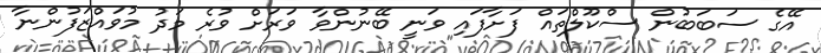
އޭގެ ސަބަބުން ސްކޫލްތައް ފަށާފައި ވަނީ ބޭނުންވާ ވަރަށް ވުރެ މަދު މުވައްޒަފުންނާ